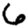
Digit: 6